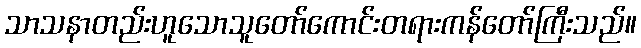
သာသနာတည်းဟူသောသူတော်ကောင်းတရားကန်တော်ကြီးသည်။